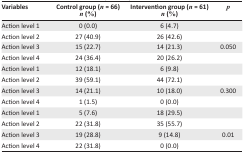
| Variables | Control group (n = 66)n (%) | Intervention group (n = 61)n (%) | p |
 | --- | --- | --- | --- |
 | Action level 1 | 0 (0.0) | 6 (4.7) |  |
 | Action level 2 | 27 (40.9) | 26 (42.6) |  |
 | Action level 3 | 15 (22.7) | 14 (21.3) | 0.050 |
 | Action level 4 | 24 (36.4) | 20 (26.2) |  |
 | Action level 1 | 12 (18.1) | 6 (9.8) |  |
 | Action level 2 | 39 (59.1) | 44 (72.1) |  |
 | Action level 3 | 14 (21.1) | 10 (18.0) | 0.300 |
 | Action level 4 | 1 (1.5) | 0 (0.0) |  |
 | Action level 1 | 5 (7.6) | 18 (29.5) |  |
 | Action level 2 | 22 (31.8) | 35 (55.7) |  |
 | Action level 3 | 19 (28.8) | 9 (14.8) | 0.01 |
 | Action level 4 | 22 (31.8) | 0 (0.0) |  |